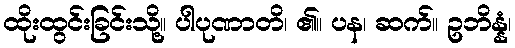
ထိုးထွင်းခြင်းသို့။ ပါပုဏာတိ၊ ၏။ ပန၊ ဆက်။ ဥဘိန္နံ၊